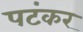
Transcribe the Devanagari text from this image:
पटंकर